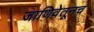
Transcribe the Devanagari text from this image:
जाणिवेतूनच